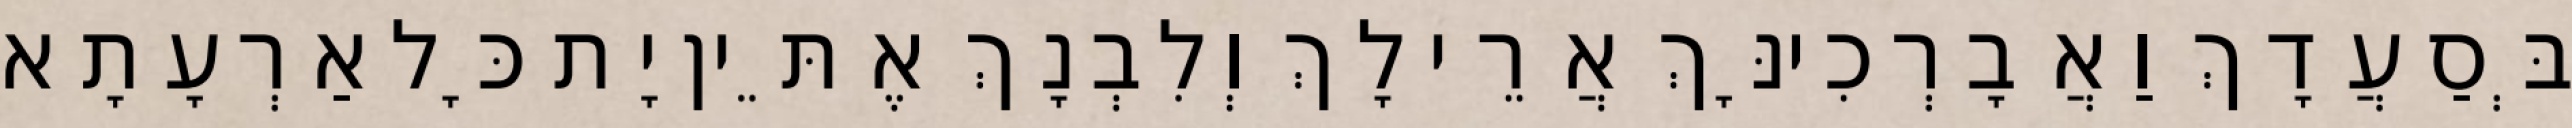
בְּסַעֲדָךְ וַאֲבָרְכִינָּךְ אֲרֵי לָךְ וְלִבְנָךְ אֶתֵּין יָת כָּל אַרְעָתָא